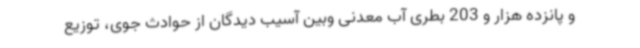
و پانزده هزار و 203 بطری آب معدنی وبین آسیب دیدگان از حوادث جوی، توزیع